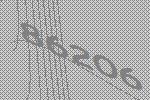
86206